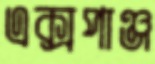
এক্সপাঞ্জ